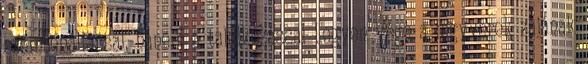
szembenállással, hanem a találkozással Legyen vége a fegyverek zajának